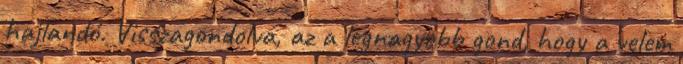
hajlandó. Visszagondolva, az a legnagyobb gond, hogy a velem